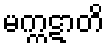
မက္ကဋာတိ